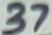
Text: 37